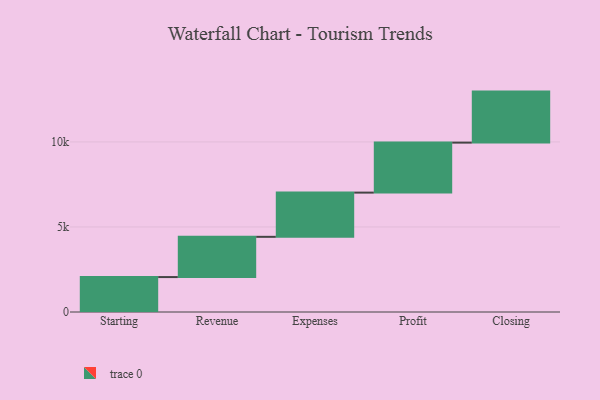
{"axis": {"x": "Step", "y": "Value"}, "legend": [""], "data": [{"x": "Starting", "y": 2054.0, "type": ""}, {"x": "Revenue", "y": 2366.0, "type": ""}, {"x": "Expenses", "y": 2600.0, "type": ""}, {"x": "Profit", "y": 2939.0, "type": ""}, {"x": "Closing", "y": 3000, "type": ""}]}